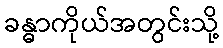
ခန္ဓာကိုယ်အတွင်းသို့